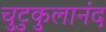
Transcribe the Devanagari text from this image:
चुटुकुलानंद